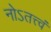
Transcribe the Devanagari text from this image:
नोऽतत्त्वं